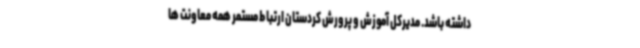
داشته باشد. مدیرکل آموزش و پرورش کردستان ارتباط مستمر همه معاونت ها